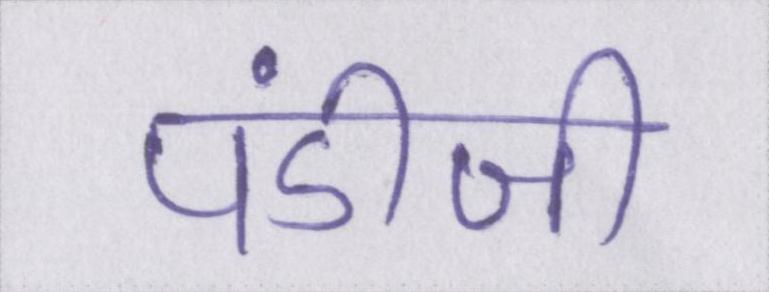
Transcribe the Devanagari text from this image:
पंडीजी